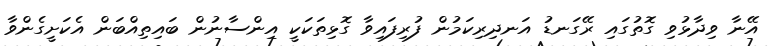
އޭނާ ވިދާޅުވި ގޮތުގައި ރޭގަނޑު އަނދިރިކަމުން ފުރިފައިވާ ގޮޅިތަކަކީ އިންސާނުން ބައިތިއްބަން އެކަށީގެންވާ